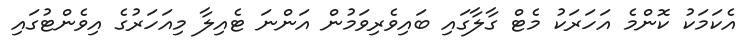
އެކަމަކު ކޮންމެ އަހަރަކު މެޓް ގާލާގައި ބައިވެރިވަމުން އަންނަ ޓެއިލާ މިއަހަރުގެ އިވެންޓުގައި